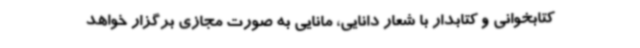
کتابخوانی و کتابدار با شعار دانایی، مانایی به صورت مجازی برگزار خواهد